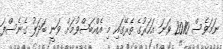
ނަމަވެސް 2010 ވަނަ އަހަރުގެ ތެރޭގައި މި އެއްބަސްވުމަށް ވަނީ ބަދަލު ގެނެސްފަ